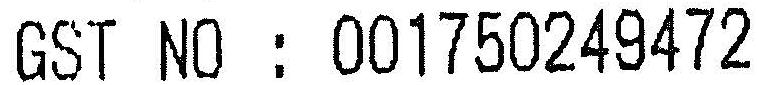
GST NO : 001750249472